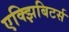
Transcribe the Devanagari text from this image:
एक्झिबिटर्स